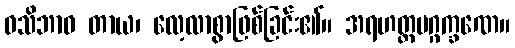
ဝသိဘာဝ တာယ၊ လေ့လာစွာဖြစ်ခြင်း၏။ အရဟတ္တမဂ္ဂက္ခဏေ။